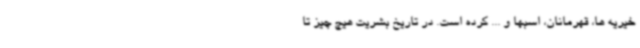
خیریه ها، قهرمانان، اسبها و ... کرده است. در تاریخ بشریت هیچ چیز تا